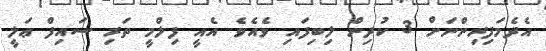
އެދެމަފިރިންނަށް 3 ކުދިން ލިބިފައި ވެއެވެ. އެއީ ފިލްމީ ތަރި ސައިފް ޢަލީ